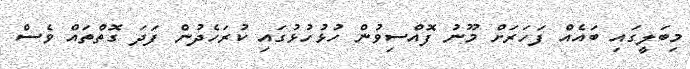
މިބަލީގައި ބައެއް ފަހަރަށް މޫނު ފޮއްސިވުން ހުޅުހުޅުގައި ކުރަހެދުން ފަދަ ގޮތްތައް ވެސް